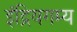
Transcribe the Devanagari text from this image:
इंद्रियगम्य